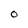
Character: o